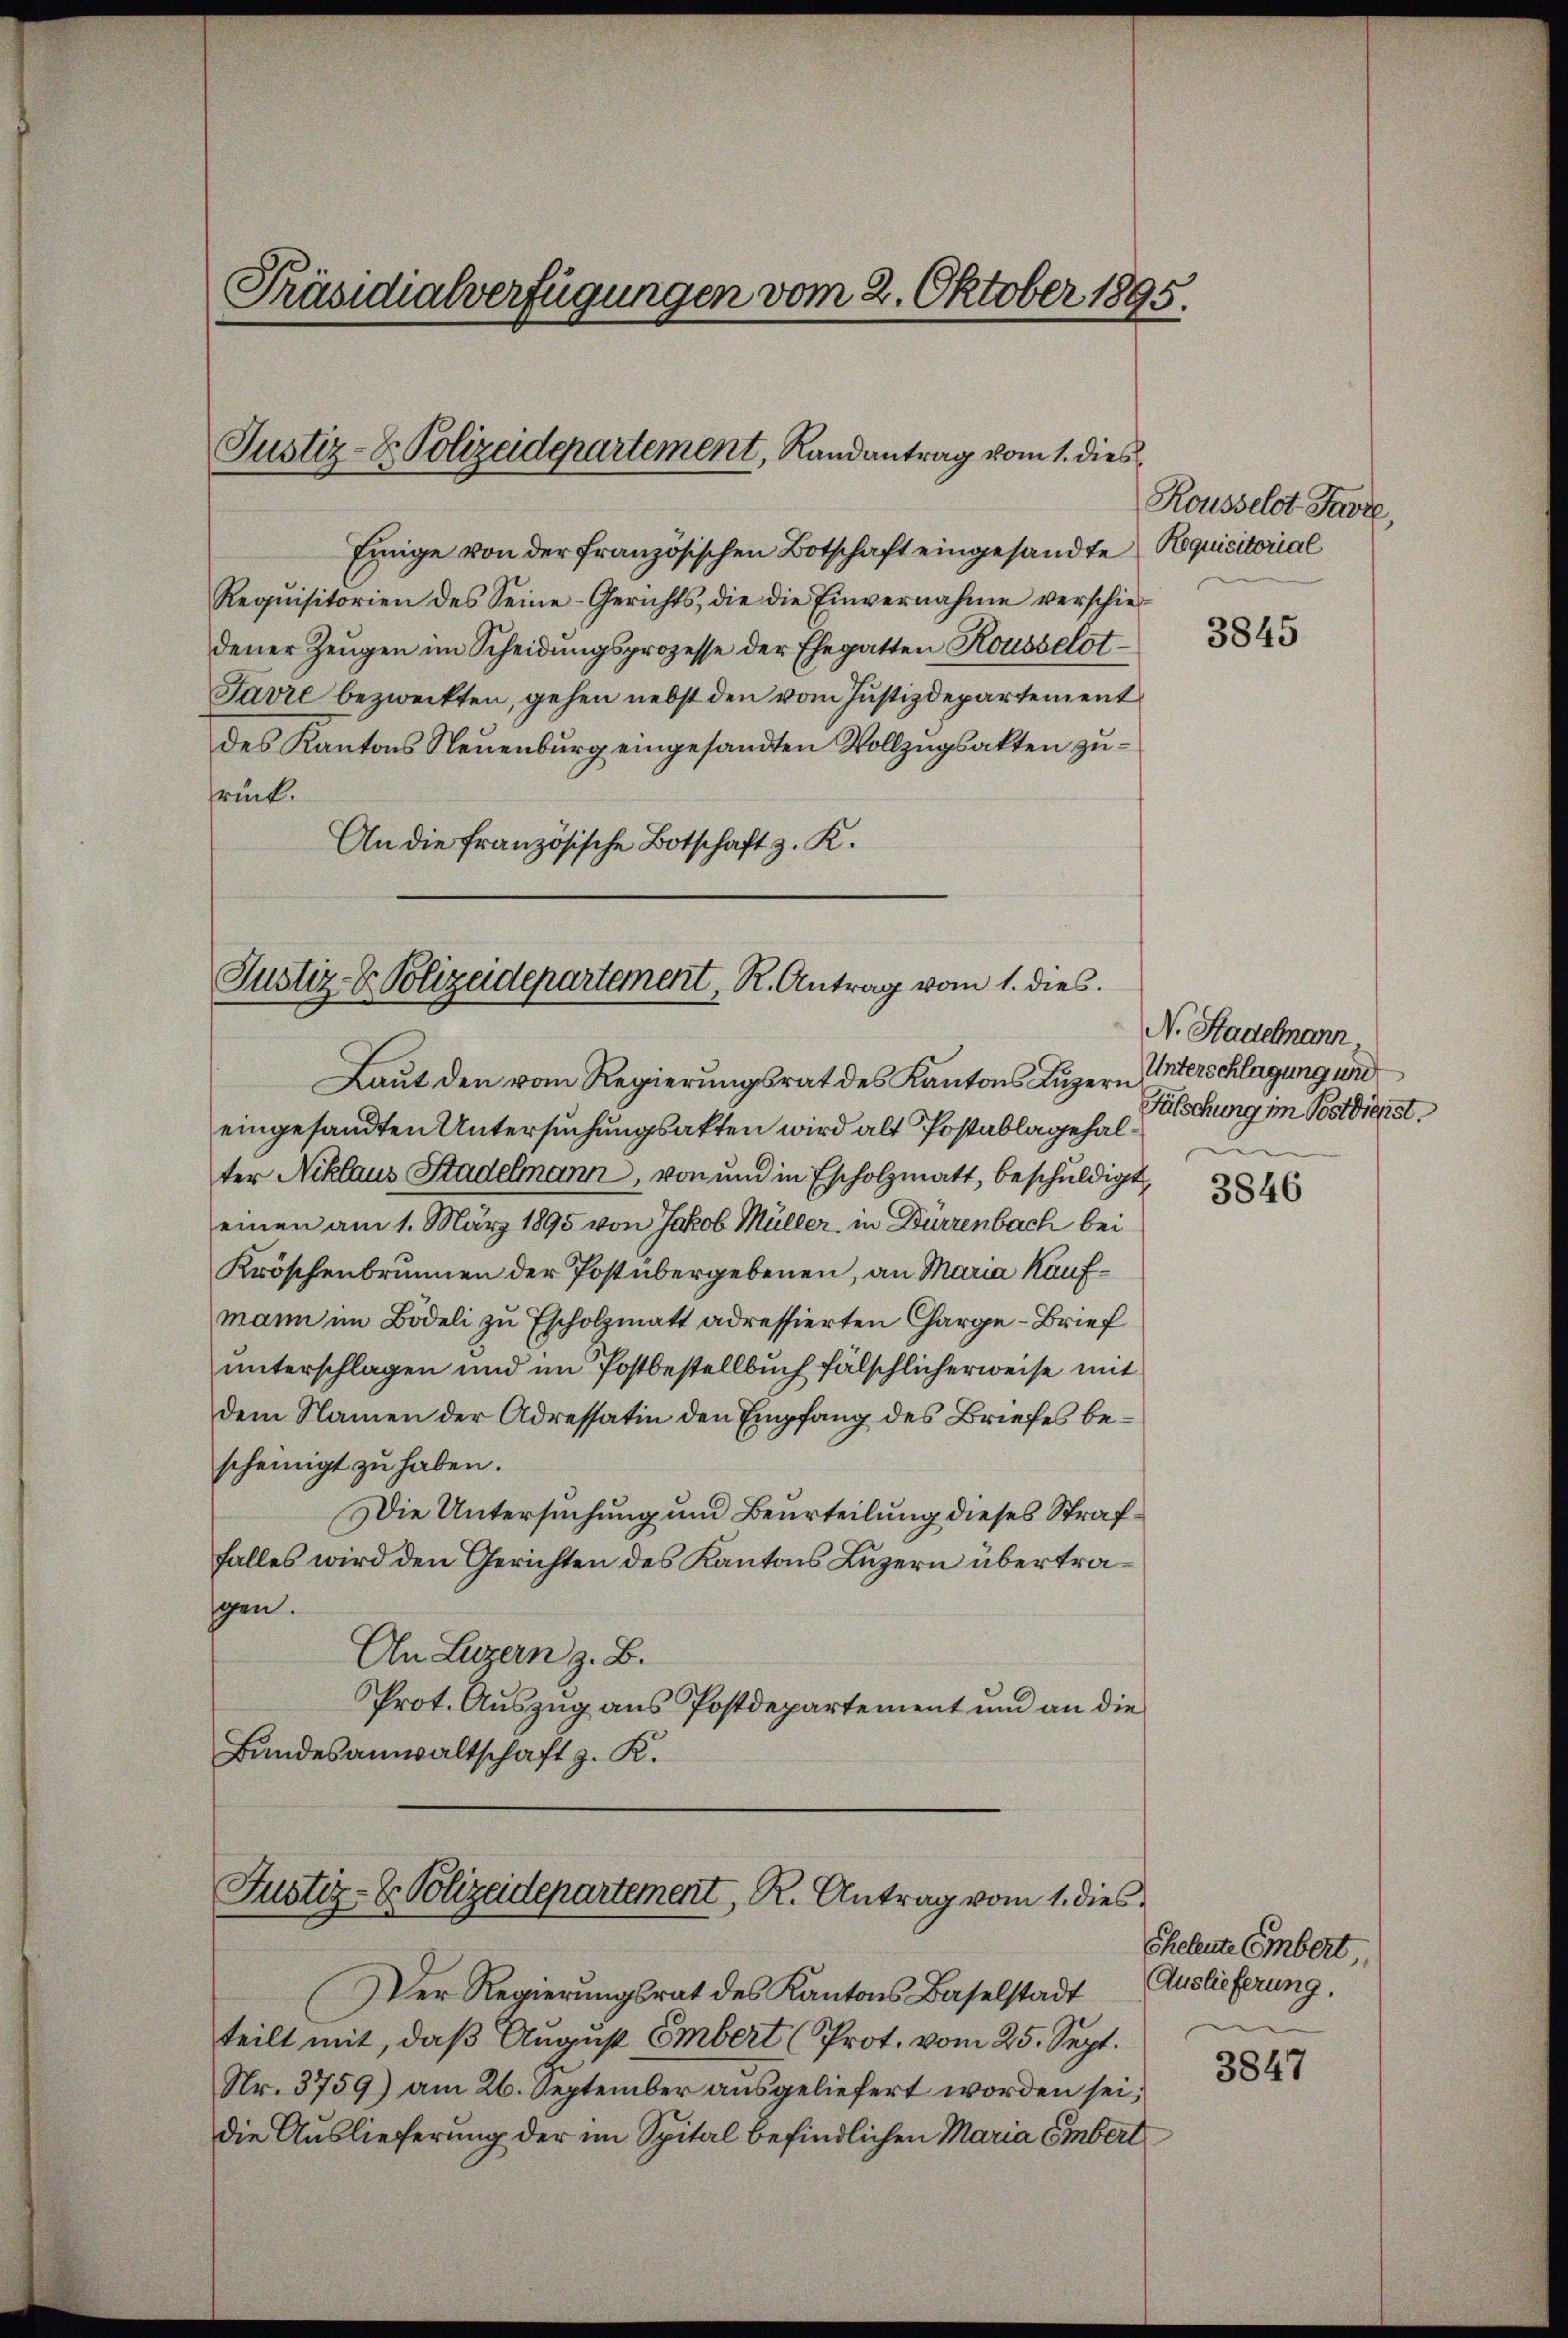
Präsidialverfügungen vom 2. Oktober 1895.

Justiz- & Polizeidepartement, Landantrag vom 1. dies¬

Einige von der französischen Botschaft eingesandte Requisitorial
Requisitorien des Seine-Gerichts, die die Einvernahme verschiedener Zeugen im Scheidungsprozesse der Ehegatten Rousselot¬
Tavre bezweckten, gehen nebst den vom Justizdepartement
des Kantons Neuenburg eingesandten Vollzugsakten zurück.
An die französische Botschaft z. K.
Laut den vom Regierungsrat des Kantons Luzern
eingesandten Untersuchungsakten wird alt Postablagehalter Niklaus Stadelmann, von und in Escholzmatt, beschuldigt,
einen am 1. März 1895 von Jakob Müller, in Dürrenbach bei
Kröschenbrunnen der Post übergebenen, an Maria Kaufmann im Bodeli zu Escholzmatt adressierten Charge-Brief
unterschlagen und im Postbestellbuch fälschlicherweise mit
dem Namen der Adressatin den Empfang des Briefes bescheinigt zu haben.
Die Untersuchung und Beurteilung dieses Straffalles wird den Gerichten des Kantons Luzern übertraspen.
An Luzern z. B.
Prot. Auszug aus Postdepartement und an die
Bundesanwaltschaft z. K.

Justiz- & Polizeidepartement, R. Antrag vom 1. dies

Justiz- & Polizeidepartement, R. Antrag vom 1. dies

Rousselst Favre,

3845

N. Stadelmann
Unterschlagung und
Fälschung im Postdienst.

Der Regierungsrat des Kantons Baselstadt Auslieferung,
teilt mit, daß August Embert (Prot. vom 25. Sept.
Nr. 3759) am 26. September ausgeliefert worden sei;
die Auslieferung der im Spital befindlichen Maria Embert

3846

Sheleute Embert

3847